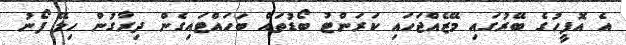
އެ އޮފީހުގެ ބޭރުގައި މޭޒެއްޖަހައި ކަރަންޓު ބޯޑުތައް ބަހައްޓައިގެން ދިރާގުން ހިލޭ ފޯނު